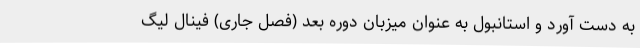
به دست آورد و استانبول به عنوان میزبان دوره بعد (فصل جاری) فینال لیگ